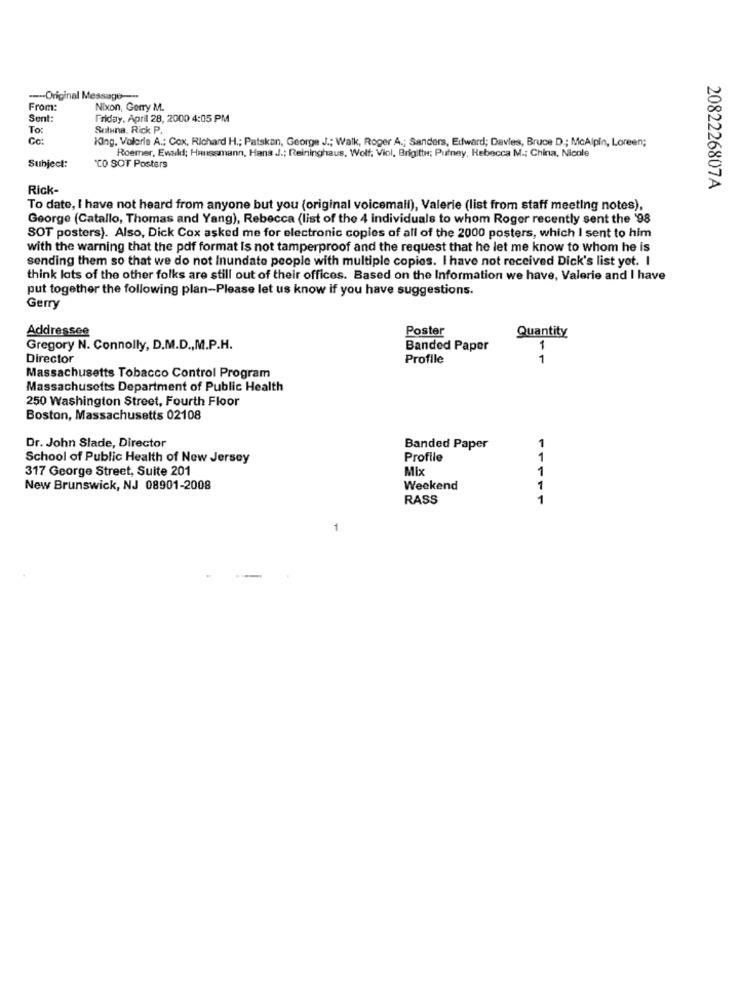
--- Original Message --
From:
Nixon, Gorry M.
Sent
Friday, April 28, 2000 4:05 PM
To:
Soluna. Rick P.
Ce:
King. Valerie A .: Cox, Richard H .; Patskan, George J .; Walk, Roger A .; Sanders, Edward; Davies, Bruce D .; McAlpin, Loreen;
Roemer, Ewall; Haussmann, Hans J .; Reininghaus. Wolf; Viol, Brigitte; Putney, Rebecca M .; China, Nicole
Subject:
"CO SOT Posters
Rick-
2082226807A
To date, I have not heard from anyone but you (original voicemail), Valerie (list from staff meeting notes),
George (Catallo, Thomas and Yang), Rebecca (list of the 4 individuals to whom Roger recently sent the '98
SOT posters). Also, Dick Cox asked me for electronic copies of all of the 2000 posters, which I sent to him
with the warning that the pdf format Is not tamperproof and the request that he let me know to whom he is
sending them so that we do not Inundate people with multiple copies. I have not received Dick's list yet. I
think lots of the other folks are still out of their offices. Based on the Information we have, Valerie and I have
put together the following plan-Please let us know if you have suggestions.
Gerry
Poster
Addressee
Quantity
Gregory N. Connolly, D.M.D ., M.P.H.
Banded Paper
1
Director
Profile
1
Massachusetts Tobacco Control Program
Massachusetts Department of Public Health
250 Washington Street, Fourth Floor
Boston, Massachusetts 02108
1
Dr. John Slade, Director
Banded Paper
School of Public Health of New Jersey
Profile
1
317 George Street, Suite 201
Mix
1
New Brunswick, NJ 08901-2008
Weekend
7
RASS
1